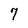
Character: 7